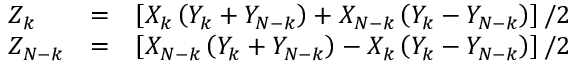
{ \begin{array} { l l l } { Z _ { k } } & { = } & { \left[ X _ { k } \left( Y _ { k } + Y _ { N - k } \right) + X _ { N - k } \left( Y _ { k } - Y _ { N - k } \right) \right] / 2 } \\ { Z _ { N - k } } & { = } & { \left[ X _ { N - k } \left( Y _ { k } + Y _ { N - k } \right) - X _ { k } \left( Y _ { k } - Y _ { N - k } \right) \right] / 2 } \end{array} }